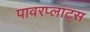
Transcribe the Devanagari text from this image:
पावरप्लांट्स